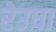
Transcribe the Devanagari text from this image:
रेउघा